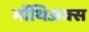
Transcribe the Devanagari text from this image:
मोंथिअक्स